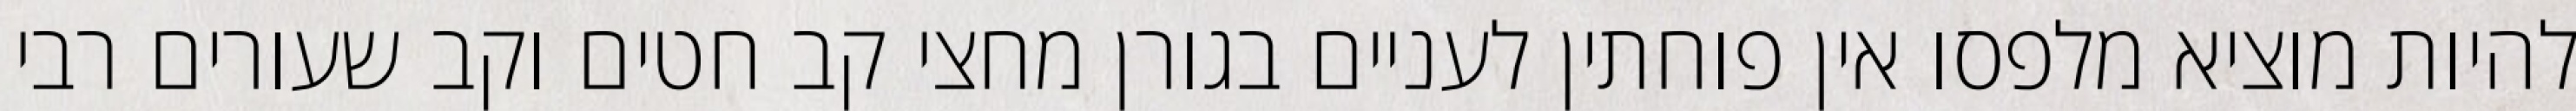
להיות מוציא מלפסו אין פוחתין לעניים בגורן מחצי קב חטים וקב שעורים רבי